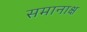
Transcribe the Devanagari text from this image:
समानाक्ष